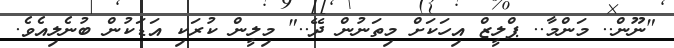
"ނޫން.. މަންމާ.. ޕްލީޒް އިހަކަށް މިތަނުން ދޭ.." މިލީން ކުރަކި އަޑަކުން ބުނެލިއެވެ.